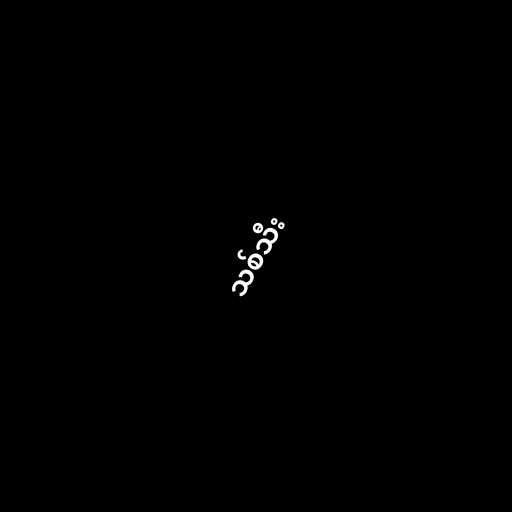
သစ်သီး